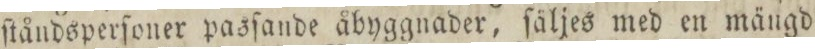
ſtåndsperſoner pasſande åbyggnader, ſäljes med en mängd